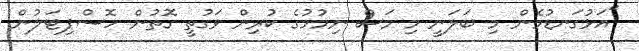
"އަޅުގަނޑުމެން މި ބަލަނީ މި މަސް ނިމުމުގެ ކުރިން ވަގުތީ ގޮތުން ހޮސްޕިޓަލުން